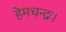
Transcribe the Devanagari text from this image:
हेमचन्द्रः।